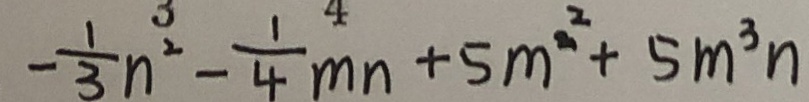
- \frac { 1 } { 3 } n ^ { 2 } - \frac { 1 } { 4 } m n + 5 m ^ { 2 } + 5 m ^ { 3 } n